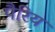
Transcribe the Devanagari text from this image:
पैरिय